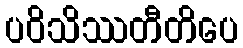
ပဝိသိဿတီတိပေ